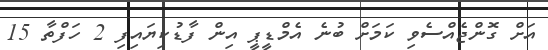
އަށް ގޮންޖެއްސެވި ކަމަށް ބުނެ އެމްޑީޕީ އިން ފާޑުކިޔައިފި 2 ހަފްތާ 15